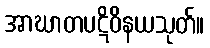
အာဃာတပဋိဝိနယသုတ်။